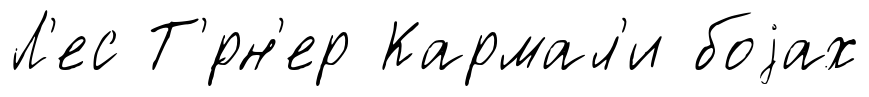
Л'ес Т'́рн'ер Кармал'и боjах